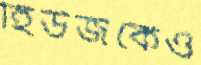
হিউজকেও